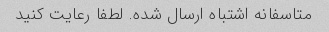
متاسفانه اشتباه ارسال شده. لطفا رعایت کنید